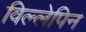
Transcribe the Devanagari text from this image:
विल्लेपिन